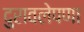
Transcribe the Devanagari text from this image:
दुरावलेपणा